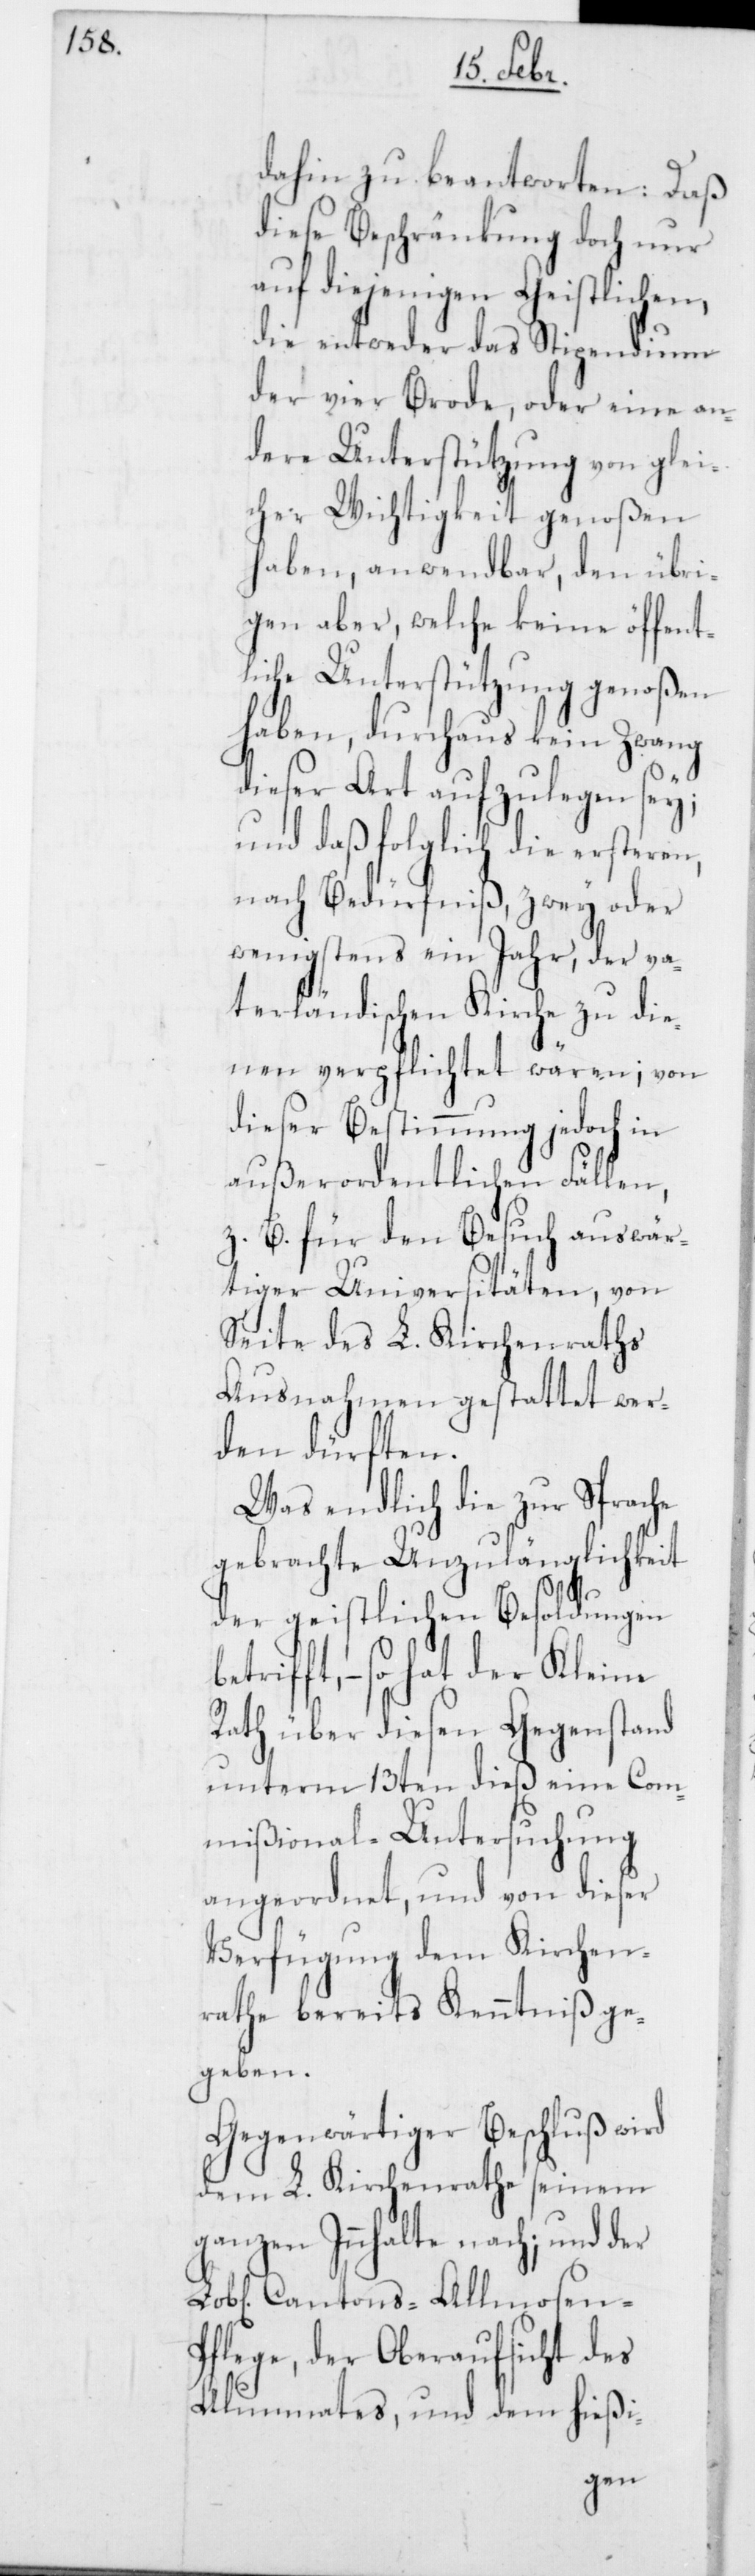
dahin zu beantworten: Daß
diese Beschränkung doch nur
auf diejenigen Geistlichen,
die entweder das Stipendium
der vier Brode, oder eine an¬
dere Unterstützung von glei¬
cher Wichtigkeit genoßen
haben, anwendbar, den übri¬
gen aber, welche keine öffent¬
liche Unterstützung genoßen
haben, durchaus kein Zwang
dieser Art aufzulegen sey;
und daß folglich die ersteren,
nach Bedürfniß, zwey oder
wenigstens ein Jahr, der va¬
terländischen Kirche zu die¬
nen verpflichtet wären; von
dieser Bestimmung jedoch in
außerordentlichen Fällen,
z. B. für den Besuch auswär¬
tiger Universitäten, von
Seite des L. Kirchenraths
Ausnahmen gestattet wer¬
den dürften.
Was endlich die zur Sprache
gebrachte Unzulänglichkeit
der geistlichen Besoldun¬
so hat der Kleine
Rath über diesen Gegenstand
unterm 13ten dieß eine Com¬
mißional-Untersuchung
angeordnet, und von dieser
Verfügung dem Kirchen¬
rathe bereits Kenntniß ge¬
geben.
Gegenwärtiger Beschluß wird
dem L. Kirchenrathe seinem
ganzen Innhalte nach; und der
Cantons-Almosen¬
pflege, der Oberaufsicht des
Alumnates, und dem hießi-
gen